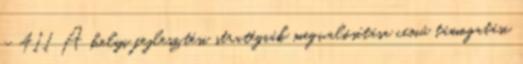
- 411 A helyi fejlesztési stratégiák megvalósítása című támogatási